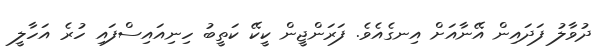
ދުވާލު ފަދައިން އޭނާއަށް އިނގެއެވެ. ފަރަންޖީން ކީކޭ ކަތީބު ހިނިއައިސްފައި ހުރެ އަހާލީ